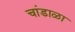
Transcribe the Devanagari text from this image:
चांडाळा